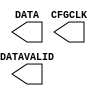
///////////////////////////////////////////////////////
//  Copyright (c) 2009 Xilinx Inc.
//  All Right Reserved.
///////////////////////////////////////////////////////
//
//   ____   ___
//  /   /\/   / 
// /___/  \  /     Vendor      : Xilinx 
// \  \    \/      Version     :  12.1
//  \  \           Description : 
//  /  /                      
// /__/   /\       Filename    : USR_ACCESSE2.v
// \  \  /  \ 
//  \__\/\__ \                    
//                                 
//  Revision:		1.0
///////////////////////////////////////////////////////

`timescale 1 ps / 1 ps 

`celldefine

module USR_ACCESSE2 (
  CFGCLK,
  DATA,
  DATAVALID
);

  `ifdef XIL_TIMING

    parameter LOC = "UNPLACED";

  `endif //

  output CFGCLK;
  output DATAVALID;
  output [31:0] DATA;

  specify

    specparam PATHPULSE$ = 0;
  endspecify
endmodule

`endcelldefine